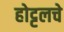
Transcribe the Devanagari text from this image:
होट्टलचे